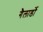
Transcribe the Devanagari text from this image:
गैलार्डो